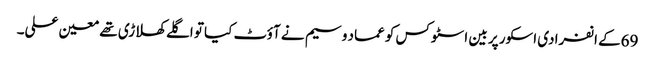
69کے انفرادی اسکور پر بین اسٹوکس کو عماد وسیم نے آؤٹ کیا تو اگلے کھلاڑی تھے معین علی۔